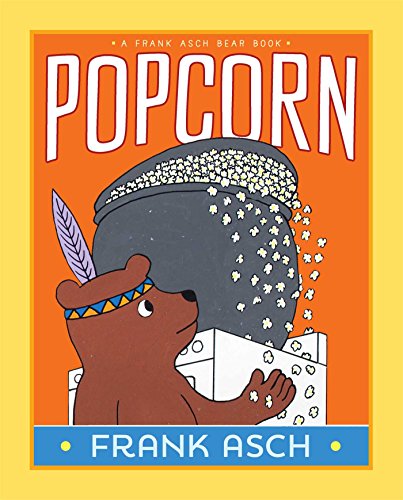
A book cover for Popcorn (A Frank Asch Bear Book); Frank Asch; Children's Books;